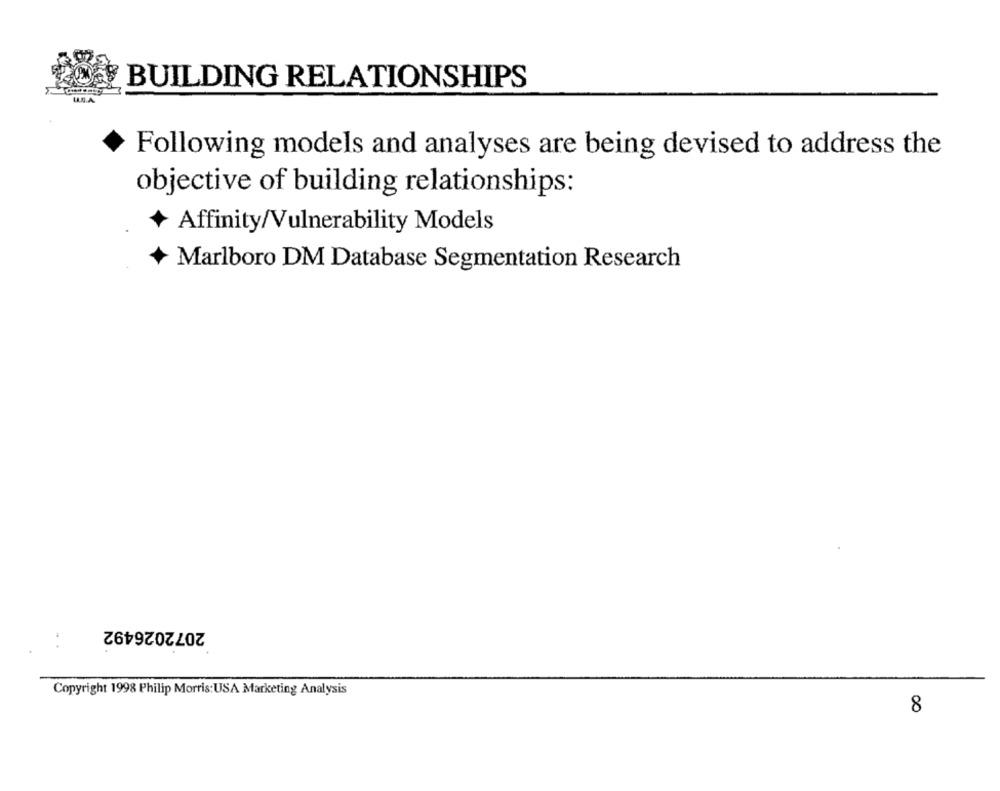
BUILDING RELATIONSHIPS
Following models and analyses are being devised to address the
objective of building relationships:
Affinity/Vulnerability Models
Marlboro DM Database Segmentation Research
2072026492
Copyright 1998 Philip Morris: USA Marketing Analysis
8